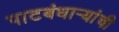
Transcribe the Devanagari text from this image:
पाटबंधाऱ्यांची